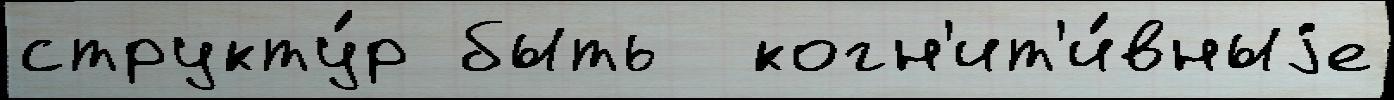
структу́р быть  когн'ит'и́вныjе